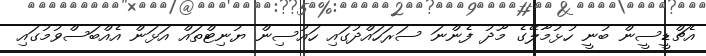
އެޗްޑީސީން ބުނީ ހުޅުމާލޭގެ މޫދު ފެންނަ ސަރަހައްދުގައި ހައުސިން ޔުނިޓްތައް އަޅަން އެއްބަސްވުމުގައި